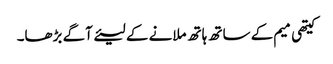
کیتھی میم کے ساتھ ہاتھ ملانے کے لیئے آگے بڑھا۔